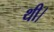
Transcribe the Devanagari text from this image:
थी।